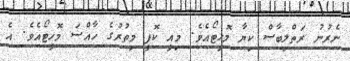
ނެރުނު ރަތްލިބާސް ކިޔާ މޮހީޓޯއެވެ. މިއީ ކޮފީ މިތުރުގެ ހާއްސަ މޮހީޓޯއެވެ. އެ